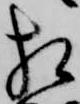
相